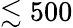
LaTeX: \lesssim 500